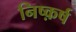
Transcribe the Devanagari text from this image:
निष्क़र्ष